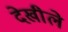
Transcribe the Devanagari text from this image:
देखीले